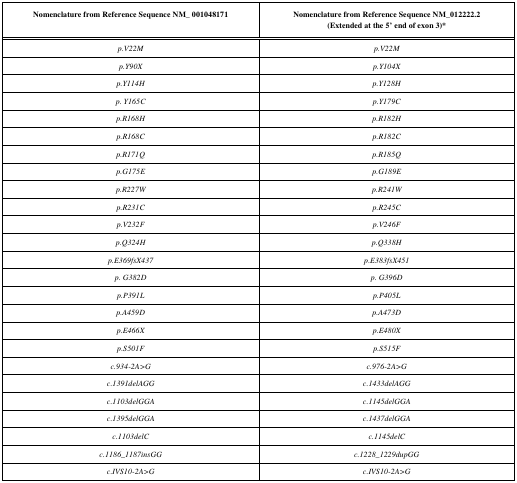
<table><thead><tr><td><b>Nomenclature from Reference Sequence NM_ 001048171</b></td><td><b>Nomenclature from Reference Sequence NM_012222.2 (Extended at the 5’ end of exon 3)*</b></td></tr></thead><tbody><tr><td><i>p.V22M </i></td><td><i>p.V22M</i></td></tr><tr><td><i>p.Y90X</i></td><td><i>p.Y104X</i></td></tr><tr><td><i>p.Y114H</i></td><td><i>p.Y128H</i></td></tr><tr><td><i>p. Y165C</i></td><td><i>p.Y179C</i></td></tr><tr><td><i>p.R168H </i></td><td><i>p.R182H</i></td></tr><tr><td><i>p.R168C</i></td><td><i>p.R182C</i></td></tr><tr><td><i>p.R171Q</i></td><td><i>p.R185Q</i></td></tr><tr><td><i>p.G175E</i></td><td><i>p.G189E</i></td></tr><tr><td><i>p.R227W</i></td><td><i>p.R241W</i></td></tr><tr><td><i>p.R231C </i></td><td><i>p.R245C</i></td></tr><tr><td><i>p.V232F</i></td><td><i>p.V246F</i></td></tr><tr><td><i>p.Q324H</i></td><td><i>p.Q338H</i></td></tr><tr><td><i>p.E369fsX437</i></td><td><i>p.E383fsX451</i></td></tr><tr><td><i>p. G382D</i></td><td><i>p. G396D</i></td></tr><tr><td><i>p.P391L</i></td><td><i>p.P405L</i></td></tr><tr><td><i>p.A459D</i></td><td><i>p.A473D</i></td></tr><tr><td><i>p.E466X</i></td><td><i>p.E480X</i></td></tr><tr><td><i>p.S501F</i></td><td><i>p.S515F</i></td></tr><tr><td><i>c.934-2A&gt;G</i></td><td><i>c.976-2A&gt;G</i></td></tr><tr><td><i>c.1391delAGG </i></td><td><i>c.1433delAGG</i></td></tr><tr><td><i>c.1103delGGA</i></td><td><i>c.1145delGGA</i></td></tr><tr><td><i>c.1395delGGA </i></td><td><i>c.1437delGGA</i></td></tr><tr><td><i>c.1103delC</i></td><td><i>c.1145delC</i></td></tr><tr><td><i>c.1186_1187insGG </i></td><td><i>c.1228_1229dupGG</i></td></tr><tr><td><i>c.IVS10-2A&gt;G </i></td><td><i>c.IVS10-2A&gt;G</i></td></tr></tbody></table>